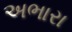
અભારા